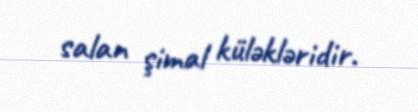
salan şimal küləkləridir.